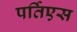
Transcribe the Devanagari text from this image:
पर्तिएस